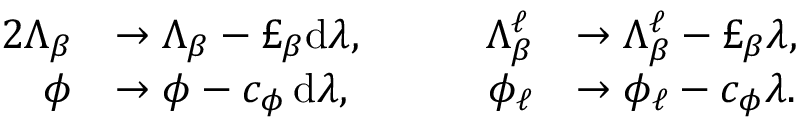
\begin{array} { r l r l } { { 2 } \Lambda _ { \beta } } & { \to \Lambda _ { \beta } - \pounds _ { \beta } \mathrm { d } \lambda , \qquad } & { \Lambda _ { \beta } ^ { \ell } } & { \to \Lambda _ { \beta } ^ { \ell } - \pounds _ { \beta } \lambda , } \\ { \phi } & { \to \phi - c _ { \phi } \, \mathrm { d } \lambda , \qquad } & { \phi _ { \ell } } & { \to \phi _ { \ell } - c _ { \phi } \lambda . } \end{array}